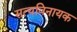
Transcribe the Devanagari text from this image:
सत्यविनायक